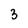
Character: 3